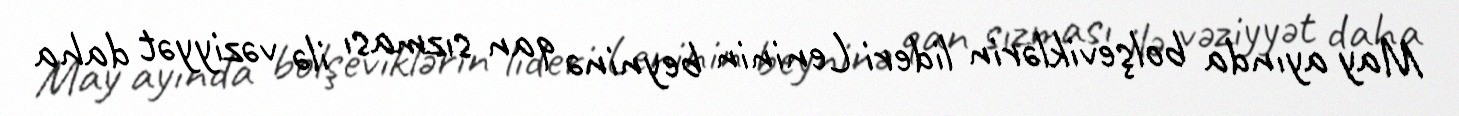
May ayında bolşeviklərin lideri Leninin beyninə qan sızması ilə vəziyyət daha